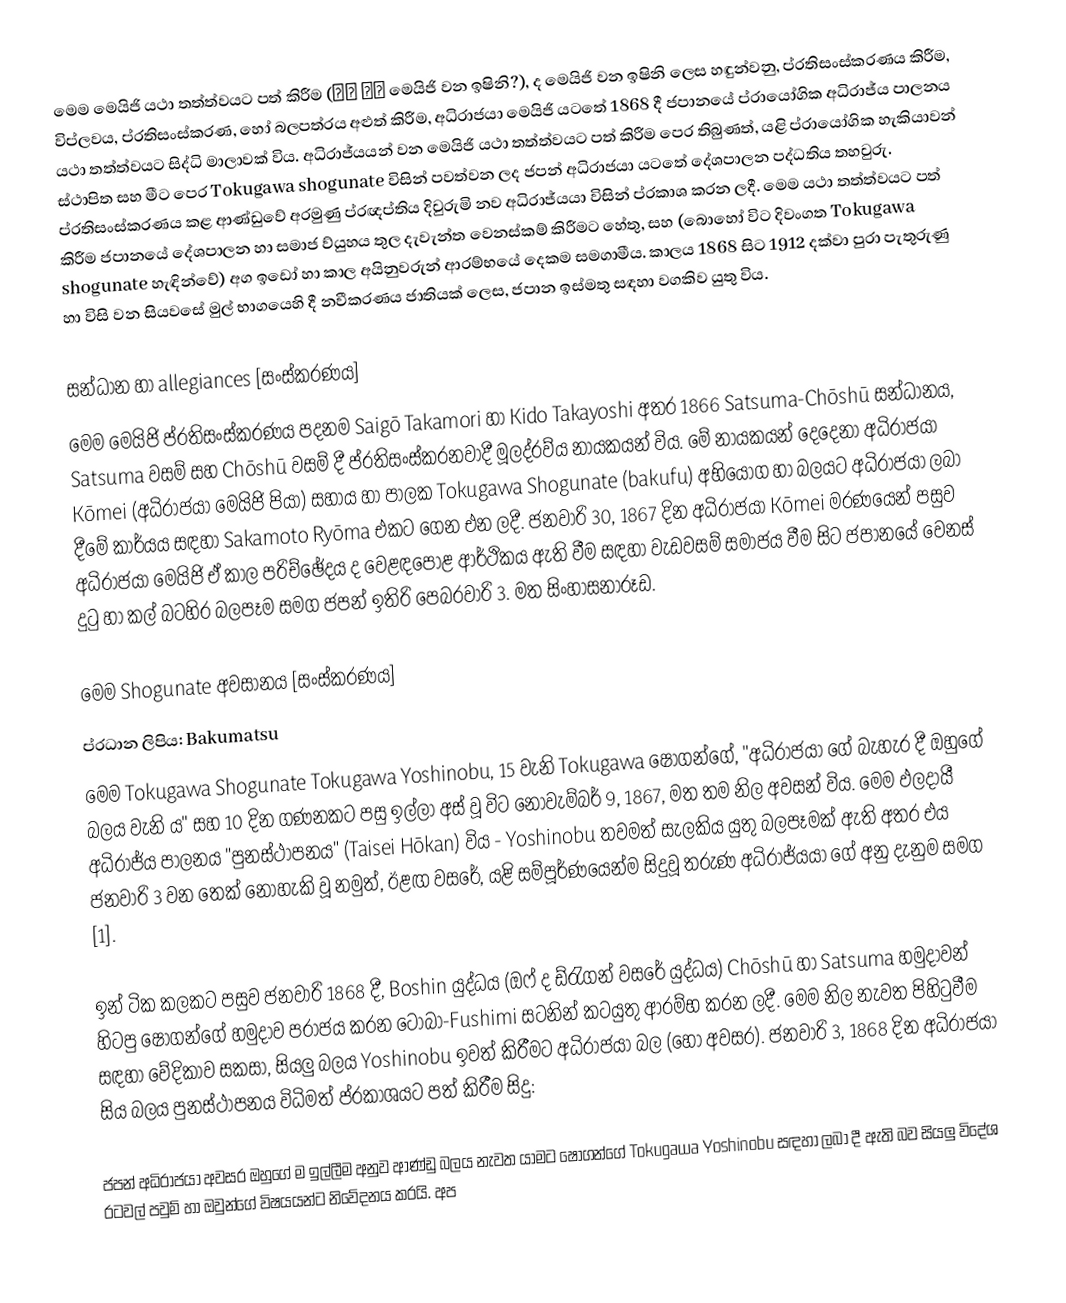
මෙම මෙයිජි යථා තත්ත්වයට පත් කිරීම (明治 維新 මෙයිජි වන ඉෂිනි?), ද මෙයිජි වන ඉෂිනි ලෙස හඳුන්වනු, ප්රතිසංස්කරණය කිරීම, විප්ලවය, ප්රතිසංස්කරණ, හෝ බලපත්රය අළුත් කිරීම, අධිරාජයා මෙයිජි යටතේ 1868 දී ජපානයේ ප්රායෝගික අධිරාජ්ය පාලනය යථා තත්ත්වයට සිද්ධි මාලාවක් විය. අධිරාජ්යයන් වන මෙයිජි යථා තත්ත්වයට පත් කිරීම පෙර තිබුණත්, යළි ප්රායෝගික හැකියාවන් ස්ථාපිත සහ මීට පෙර Tokugawa shogunate විසින් පවත්වන ලද ජපන් අධිරාජයා යටතේ දේශපාලන පද්ධතිය තහවුරු. ප්රතිසංස්කරණය කළ ආණ්ඩුවේ අරමුණු ප්රඥප්තිය දිවුරුමි නව අධිරාජ්යයා විසින් ප්රකාශ කරන ලදී. මෙම යථා තත්ත්වයට පත් කිරීම ජපානයේ දේශපාලන හා සමාජ ව්යුහය තුල දැවැන්ත වෙනස්කම් කිරීමට හේතු, සහ (බොහෝ විට දිවංගත Tokugawa shogunate හැඳින්වේ) අග ඉඩෝ හා කාල අයිනුවරුන් ආරම්භයේ දෙකම සමගාමීය. කාලය 1868 සිට 1912 දක්වා පුරා පැතුරුණු හා විසි වන සියවසේ මුල් භාගයෙහි දී නවීකරණය ජාතියක් ලෙස, ජපාන ඉස්මතු සඳහා වගකිව යුතු විය.

සන්ධාන හා allegiances [සංස්කරණය]
මෙම මෙයිජි ප්රතිසංස්කරණය පදනම Saigō Takamori හා Kido Takayoshi අතර 1866 Satsuma-Chōshū සන්ධානය, Satsuma වසම් සහ Chōshū වසම් දී ප්රතිසංස්කරනවාදී මූලද්රව්ය නායකයන් විය. මේ නායකයන් දෙදෙනා අධිරාජයා Kōmei (අධිරාජයා මෙයිජි පියා) සහාය හා පාලක Tokugawa Shogunate (bakufu) අභියෝග හා බලයට අධිරාජයා ලබා දීමේ කාර්යය සඳහා Sakamoto Ryōma එකට ගෙන එන ලදී. ජනවාරි 30, 1867 දින අධිරාජයා Kōmei මරණයෙන් පසුව අධිරාජයා මෙයිජි ඒ කාල පරිච්ඡේදය ද වෙළඳපොළ ආර්ථිකය ඇති වීම සඳහා වැඩවසම් සමාජය වීම සිට ජපානයේ වෙනස් දුටු හා කල් බටහිර බලපෑම සමග ජපන් ඉතිරි පෙබරවාරි 3. මත සිංහාසනාරූඩ.

මෙම Shogunate අවසානය [සංස්කරණය]
ප්රධාන ලිපිය: Bakumatsu
මෙම Tokugawa Shogunate Tokugawa Yoshinobu, 15 වැනි Tokugawa ෂෝගන්ගේ, "අධිරාජයා ගේ බැහැර දී ඔහුගේ බලය වැනි ය" සහ 10 දින ගණනකට පසු ඉල්ලා අස් වූ විට නොවැම්බර් 9, 1867, මත තම නිල අවසන් විය. මෙම ඵලදායී අධිරාජ්ය පාලනය "පුනස්ථාපනය" (Taisei Hōkan) විය - Yoshinobu තවමත් සැලකිය යුතු බලපෑමක් ඇති අතර එය ජනවාරි 3 වන තෙක් නොහැකි වූ නමුත්, ඊළඟ වසරේ, යළි සම්පූර්ණයෙන්ම සිදුවූ තරුණ අධිරාජ්යයා ගේ අනු දැනුම සමග [1].

ඉන් ටික කලකට පසුව ජනවාරි 1868 දී, Boshin යුද්ධය (ඔෆ් ද ඩ්රැගන් වසරේ යුද්ධය) Chōshū හා Satsuma හමුදාවන් හිටපු ෂෝගන්ගේ හමුදාව පරාජය කරන ටෝබා-Fushimi සටනින් කටයුතු ආරම්භ කරන ලදී. මෙම නිල නැවත පිහිටුවීම සඳහා වේදිකාව සකසා, සියලු බලය Yoshinobu ඉවත් කිරීමට අධිරාජයා බල (හෝ අවසර). ජනවාරි 3, 1868 දින අධිරාජයා සිය බලය පුනස්ථාපනය විධිමත් ප්රකාශයට පත් කිරීම සිදු:

ජපන් අධිරාජයා අවසර ඔහුගේ ම ඉල්ලීම අනුව ආණ්ඩු බලය නැවත යාමට ෂෝගන්ගේ Tokugawa Yoshinobu සඳහා ලබා දී ඇති බව සියලු විදේශ රටවල් පවුම් හා ඔවුන්ගේ විෂයයන්ට නිවේදනය කරයි. අප